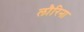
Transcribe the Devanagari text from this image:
लौरिना